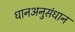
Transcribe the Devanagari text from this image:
धानअनुसंधान